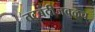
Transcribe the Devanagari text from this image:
तटबंदीजवळच